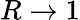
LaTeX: R\rightarrow 1